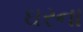
ઘરના